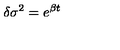
{ \delta } { \sigma } ^ { 2 } = e ^ { { \beta } t }